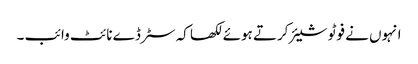
انہوں نے فوٹو شیئر کرتے ہوئے لکھا کہ سٹرڈے نائٹ وائب ۔